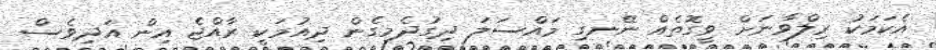
އެކަމަކު ރިލްވާނަށް ވީގޮތެއް ނޭނގި މައްސަލަ ދިގުދެމިގެން ދިއުމަކީ ރާއްޖެ އިން އަދިވެސް